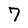
Character: 7